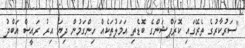
"ސަރުކާރުގެ ތެރޭގައި ކޮރަޕްޝަންގެ ބޮޑެތި އަމަލުތަކެއް ހިންގަމުން ދިޔަ އިރު ރައީސް އަބްދު